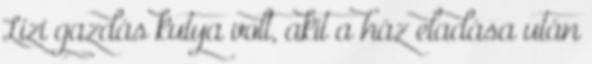
Lizi gazdás kutya volt, akit a ház eladása után